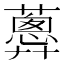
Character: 𧁗